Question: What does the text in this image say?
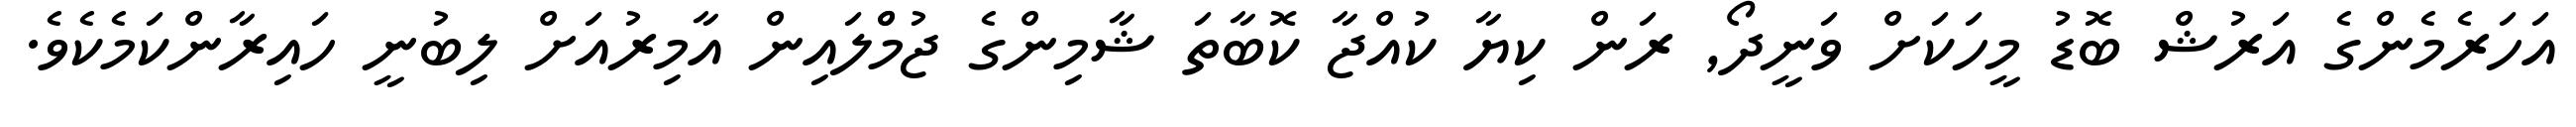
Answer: އަހަރެމެންގެ އަރުޝް ބޮޑު މީހަކަށް ވަނީދޯ, ރަން ކިޔާ ކުއްޖާ ކޮބާތަ ޝާމިންގެ ޖުމްްލައިން އާމިރުއަށް ލިބުނީ ހައިރާންކަމެކެވެ.